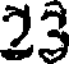
23